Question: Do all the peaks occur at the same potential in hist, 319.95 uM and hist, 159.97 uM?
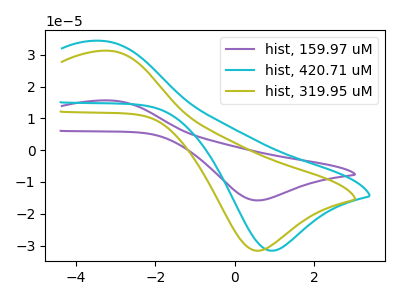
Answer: <think>The purple curve "hist, 159.97 uM" has an anodic peak at (-3.15V, 15.60uA) and a cathodic peak at (0.60V, -15.80uA). The cyan curve "hist, 420.71 uM" has an anodic peak at (-3.35V, 34.35uA) and a cathodic peak at (0.95V, -31.65uA). The olive curve "hist, 319.95 uM" has an anodic peak at (-3.15V, 31.20uA) and a cathodic peak at (0.60V, -31.60uA).</think>
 <answer>Yes, "hist, 319.95 uM" have a peak in "hist, 159.97 uM" at the same potential.</answer>
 <eval>match</eval>